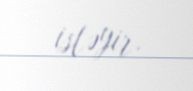
istəyir.